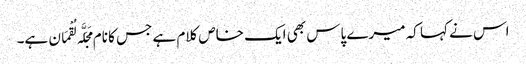
اس نے کہا کہ میرے پاس بھی ایک خاص کلام ہے جس کا نام مَجَلَّہ لُقْمَان ہے۔